system: You are a helpful assistant.
user:
Analyze the provided spectrum to determine if it is a **S-type Star**.

- **Key Indicators for S-type Star:**

    - **(Overall Spectrum Shape):** The first and most obvious characteristic is the overall continuum (the "baseline" shape). It is **extremely "red-sloping,"** meaning the flux (light intensity) is very low on the left side (blue, ~4000-4500 Å) and rises steeply and continuously toward the right side (red, ~7000 Å+).

    - **(Primary):** The spectrum is defined by the presence of strong, broad molecular absorption "valleys" (bands) from **Zirconium Oxide (ZrO)**. The identification of these bands is the **primary requirement** for classifying a star as S-type.
        - **(Key Bandheads):** You must find distinct, deep "dips" where the light has been absorbed. The most critical band systems to locate are:
            - **~6474 Å** ($\gamma$-system): This is often the strongest and clearest ZrO feature, found in the red part of the spectrum.
            - **~5718 Å** & **~5551 Å** ($\beta$-system): A pair of prominent absorption features in the yellow-orange part of the spectrum.
            - **~4640 Å** ($\alpha$-system): A key absorption band system in the blue-green region of the spectrum.

    - **(Secondary Confirmation):** The classification is strengthened by finding additional absorption bands from other related heavy element oxides, which are expected to be present alongside ZrO.
        - **(Key Bandheads):**
            - **Yttrium Oxide (YO):** Look for absorption dips near **~4800 Å** and **~6100 Å**.
            - **Lanthanum Oxide (LaO):** Additional absorption features, particularly in the red-orange part of the spectrum, are also characteristic.

    - **(Line Profile):** The combination of the steep red continuum and these numerous, deep molecular bands (ZrO, YO, etc.) gives the entire spectrum a very **"chopped-up"** or **"bumpy"** appearance. Instead of a smooth curve, the spectrum looks as though large, wide chunks of light have been "carved out" of it at the specific wavelengths listed above.

Think first, call **spectral_visualization_tool** if needed to examine features in detail, then provide your final answer. Your response must adhere to the following strict rules:
1.  **Overall Structure:** Your response must follow the format `<think>...</think> <tool_call>...</tool_call> (if a tool is used) <answer>...</answer>`.
2.  **Tool Usage Constraint:** You may only make **one** tool call per turn.
3.  **Final Answer Format:** In the `<answer>` tag, your conclusion must be inside a `\boxed{}` command (e.g., `\boxed{YES}` or `\boxed{NO}`), followed by your justification.

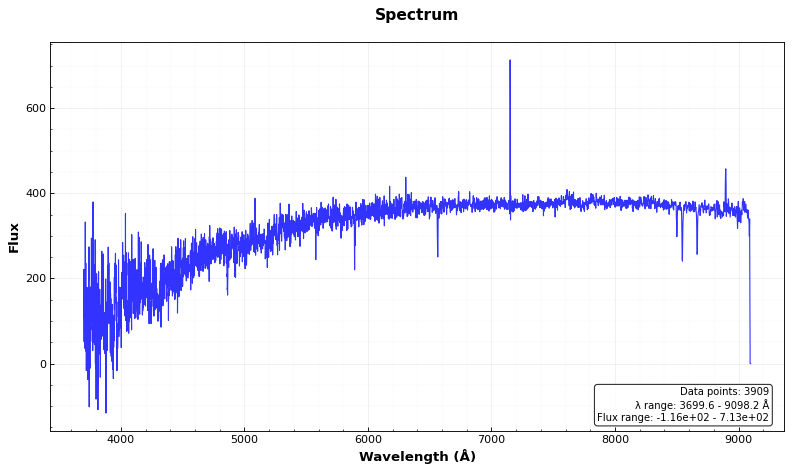
Answer: NO